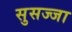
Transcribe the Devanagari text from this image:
सुसज्जा